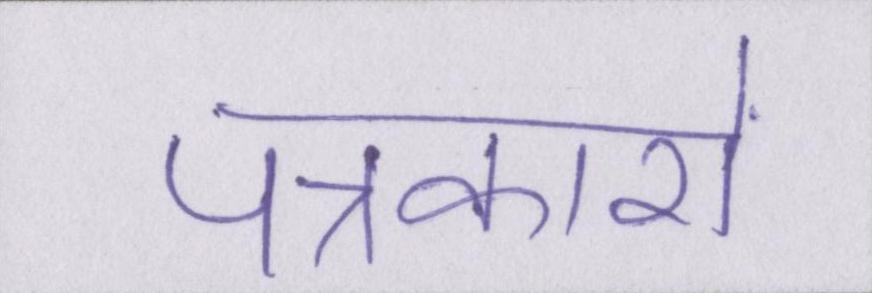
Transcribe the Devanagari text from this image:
पत्रकारों